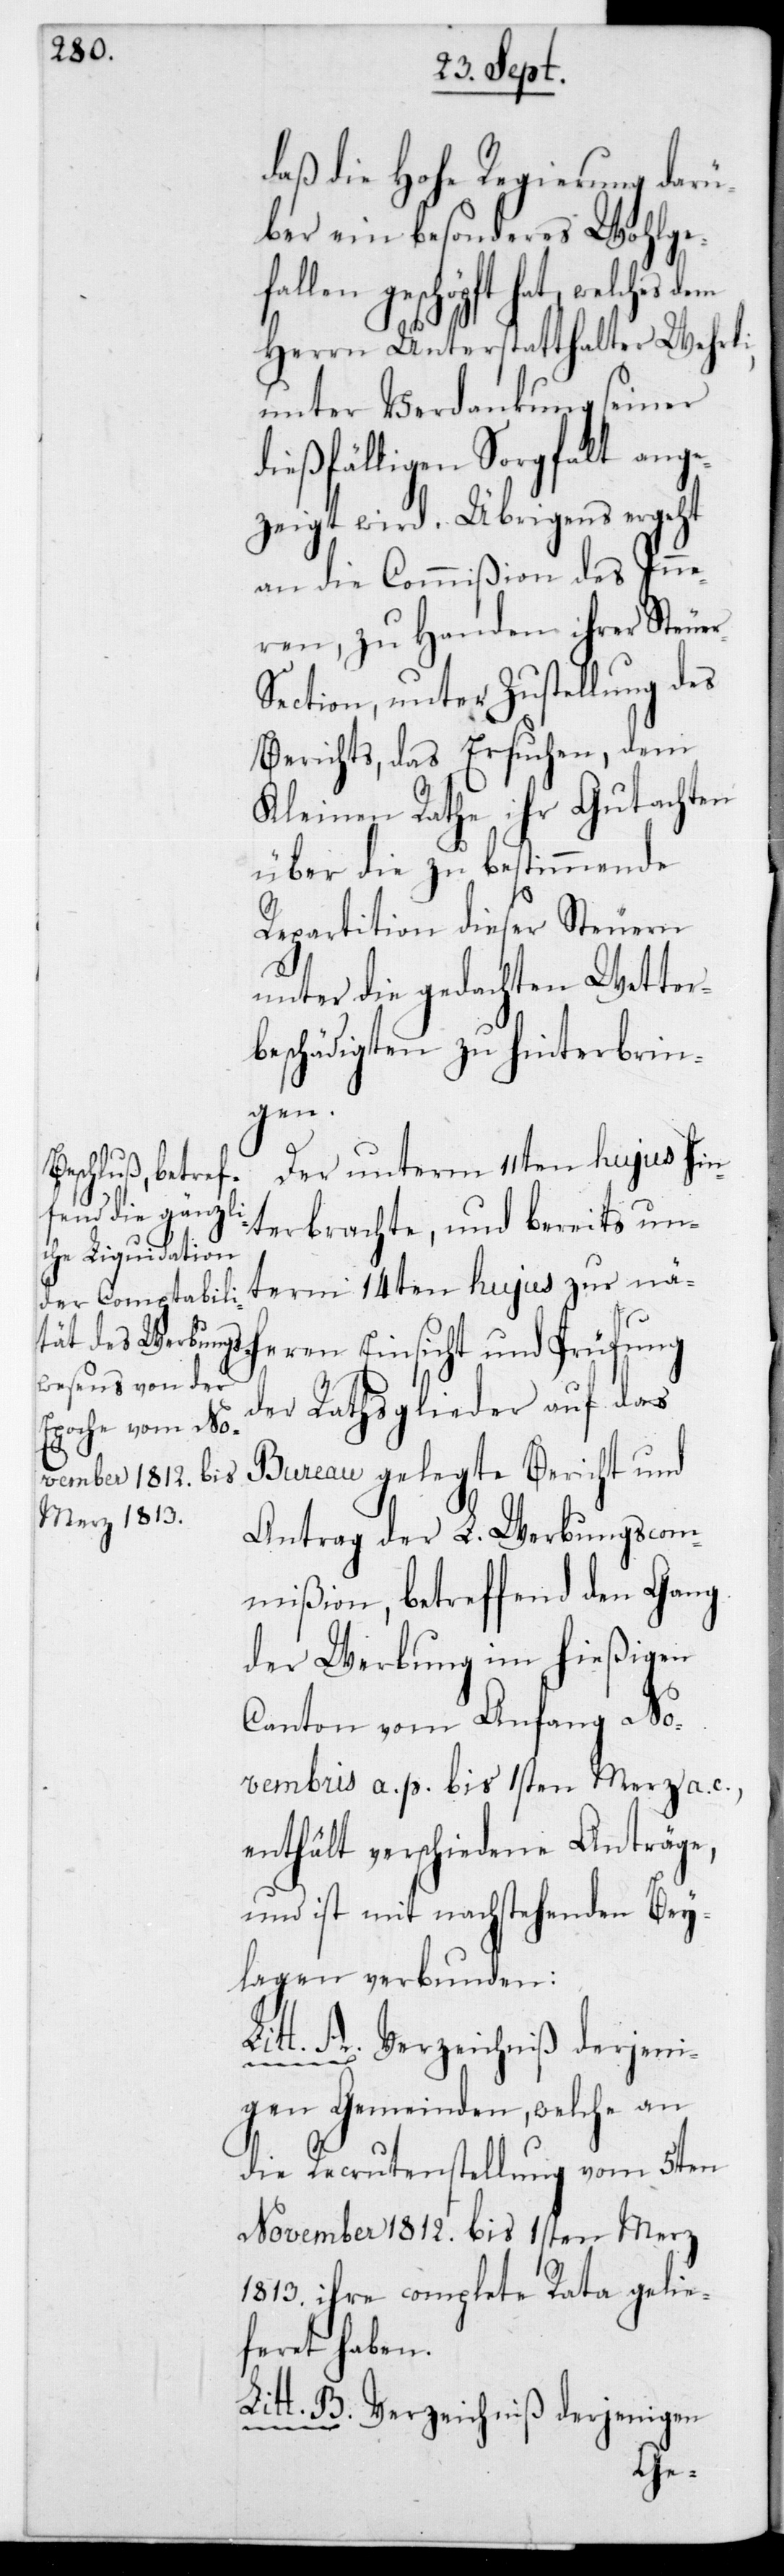
daß die Hohe Regierung darü¬
ber ein besonderes Wohlge¬
len geschöpft hat, welches
Herrn Unterstatthalter Wehrli,
unter Verdankung seiner
ießfälligen Sorgfalt an¬
zeigt wird. Übrigens ergeht
an die Commißion des Inne¬
ren zu Handen ihrer Steue¬
ection, unter Zustellung des
Berichts, das Ersuchen, dem
Kleinen Rathe ihr Gutachten
über die zu bestimmende
Repartition dieser Steuern
unter die gedachten Wetter¬
beschädigten zu hinterbrin¬
gen.
Der unterm 11ten hujus hin¬
terbrachte, und bereits un¬
term 14ten hujus zur nä¬
heren Einsicht und Prüfung
der Rathsglieder auf das
Bureau gelegte Bericht und
Antrag der L. Werbungscom¬
mißion, betreffend den Gang
der Werbung im hießigen
Canton vom Anfang No¬
vembris a. p. bis 1sten Merz a. c.,
enthält verschiedene Anträge,
und ist mit nachstehenden Bey¬
lagen verbunden:
Litt. A. Verzeichniß derjeni¬
r.S¬
gen Gemeinden, welche an
die Recrutenstellung vom 5ten
November 1812 bis 1sten Merz
1813 ihre complette Rata gelie¬
feret haben.
Litt. B. Verzeichniß derjenigen
ge¬